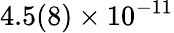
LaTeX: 4.5(8)\times 10^{-11}